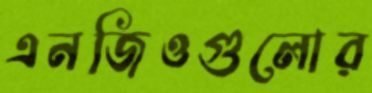
এনজিওগুলোর